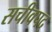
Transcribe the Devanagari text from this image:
सचीवपद